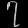
Digit: ၇